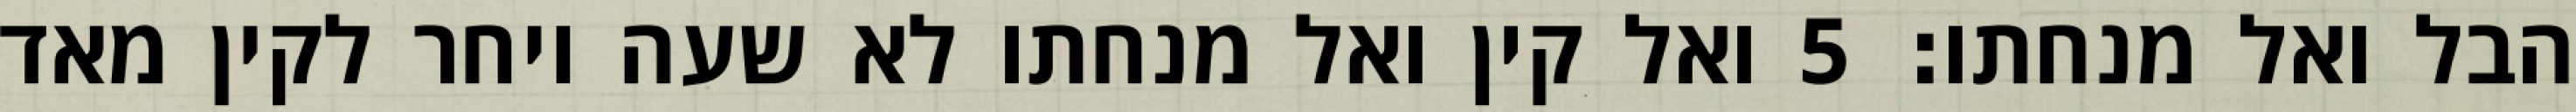
הבל ואל מנחתו׃ ‎5‏ ואל קין ואל מנחתו לא שעה ויחר לקין מאד